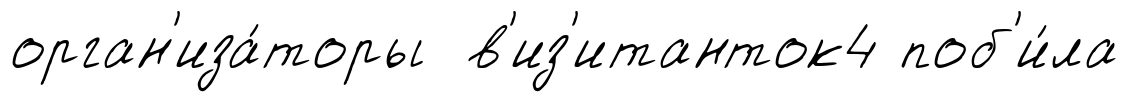
орган'иза́торы в'из'итанток4 поб'и́ла